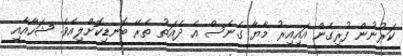
ކަރުނުން ފުރިގެން އައިއިރު މާޔާ ގެނެސް އެ ދެއަތު ތެރޭ ބޮނޑިކޮށްލިއެވެ. ޝަހާއާއި